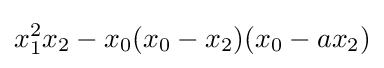
x_{1}^{2}x_{2}-x_{0}(x_{0}-x_{2})(x_{0}-ax_{2})